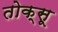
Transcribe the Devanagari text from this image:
तोक्सू